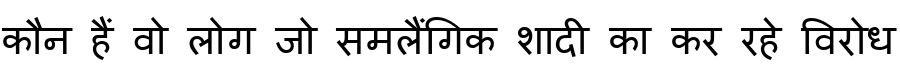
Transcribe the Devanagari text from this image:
कौन हैं वो लोग जो समलैंगिक शादी का कर रहे विरोध